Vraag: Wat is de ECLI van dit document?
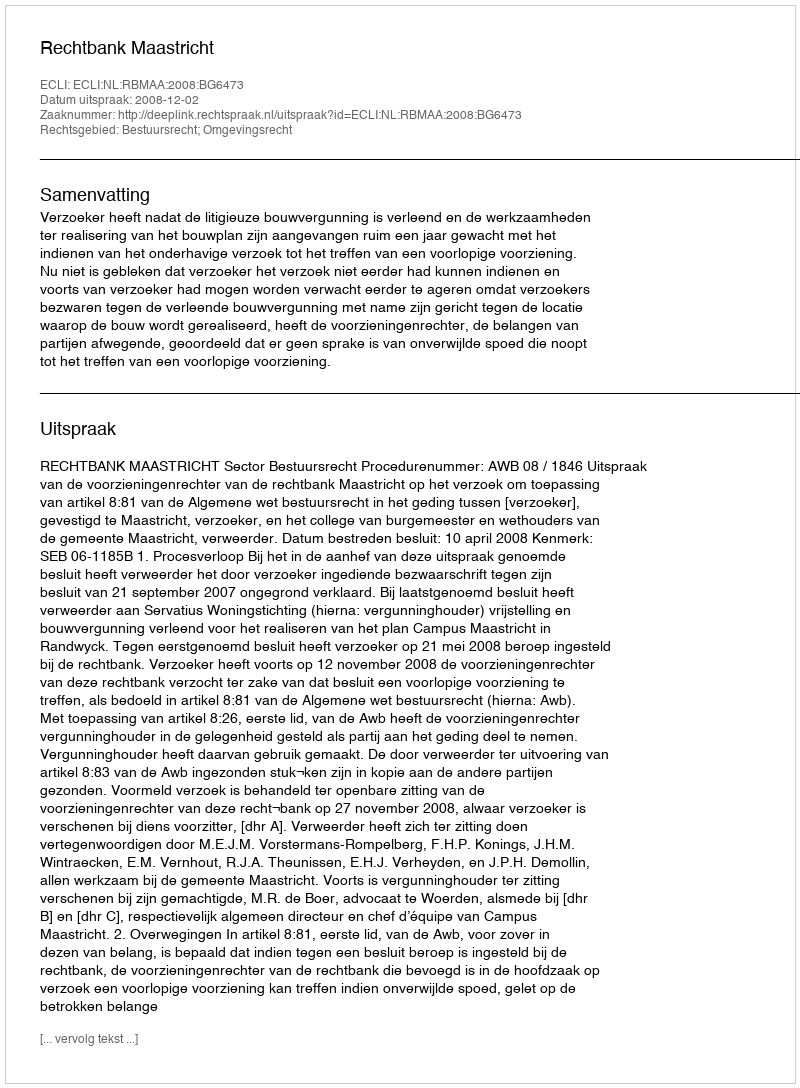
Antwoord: ECLI:NL:RBMAA:2008:BG6473